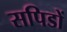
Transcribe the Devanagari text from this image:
सपिडों